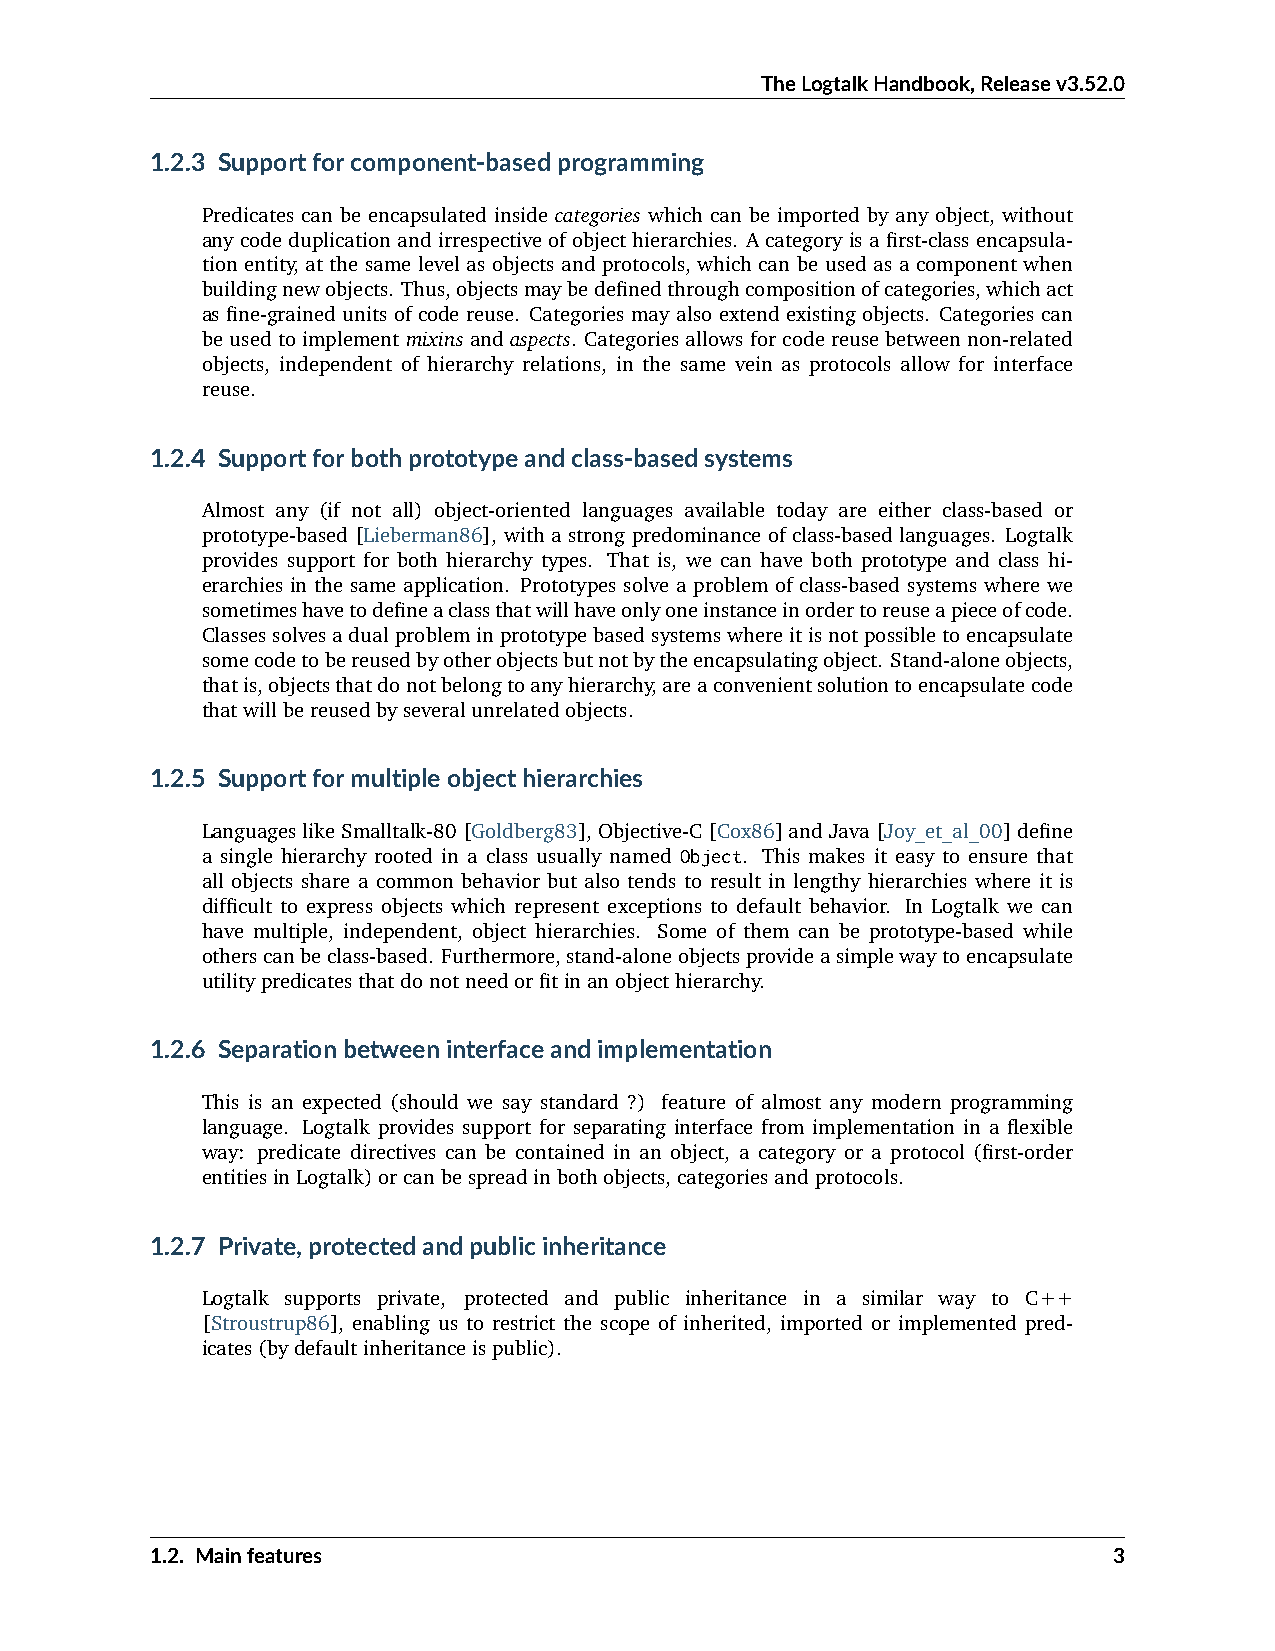
TheLogtalkHandbook,Releasev3.52.0
 1.2.3 Supportforcomponent-basedprogramming
 Predicates can be encapsulated inside categories which can be imported by any object, without
 anycodeduplicationandirrespectiveofobjecthierarchies. Acategoryisafirst-classencapsula-
 tion entity, at the same level as objects and protocols, which can be used as a component when
 buildingnewobjects. Thus,objectsmaybedefinedthroughcompositionofcategories,whichact
 as fine-grained units of code reuse. Categories may also extend existing objects. Categories can
 beusedtoimplementmixinsandaspects. Categoriesallowsforcodereusebetweennon-related
 objects, independent of hierarchy relations, in the same vein as protocols allow for interface
 reuse.
 1.2.4 Supportforbothprototypeandclass-basedsystems
 Almost any (if not all) object-oriented languages available today are either class-based or
 prototype-based [Lieberman86], with a strong predominance of class-based languages. Logtalk
 provides support for both hierarchy types. That is, we can have both prototype and class hi-
 erarchies in the same application. Prototypes solve a problem of class-based systems where we
 sometimeshavetodefineaclassthatwillhaveonlyoneinstanceinordertoreuseapieceofcode.
 Classessolvesadualprobleminprototypebasedsystemswhereitisnotpossibletoencapsulate
 somecodetobereusedbyotherobjectsbutnotbytheencapsulatingobject. Stand-aloneobjects,
 thatis,objectsthatdonotbelongtoanyhierarchy,areaconvenientsolutiontoencapsulatecode
 thatwillbereusedbyseveralunrelatedobjects.
 1.2.5 Supportformultipleobjecthierarchies
 LanguageslikeSmalltalk-80[Goldberg83],Objective-C[Cox86]andJava[Joy_et_al_00]define
 a single hierarchy rooted in a class usually named Object. This makes it easy to ensure that
 all objects share a common behavior but also tends to result in lengthy hierarchies where it is
 difficult to express objects which represent exceptions to default behavior. In Logtalk we can
 have multiple, independent, object hierarchies. Some of them can be prototype-based while
 otherscanbeclass-based. Furthermore,stand-aloneobjectsprovideasimplewaytoencapsulate
 utilitypredicatesthatdonotneedorfitinanobjecthierarchy.
 1.2.6 Separationbetweeninterfaceandimplementation
 This is an expected (should we say standard ?) feature of almost any modern programming
 language. Logtalk provides support for separating interface from implementation in a flexible
 way: predicate directives can be contained in an object, a category or a protocol (first-order
 entitiesinLogtalk)orcanbespreadinbothobjects,categoriesandprotocols.
 1.2.7 Private,protectedandpublicinheritance
 Logtalk supports private, protected and public inheritance in a similar way to C++
 [Stroustrup86], enabling us to restrict the scope of inherited, imported or implemented pred-
 icates(bydefaultinheritanceispublic).
 1.2. Mainfeatures                                               3